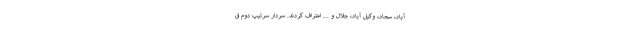
آباد، سجاد، وکیل آباد، جلال و ... اعتراف کردند. سردار سرتیپ دوم ق